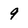
Character: 9